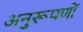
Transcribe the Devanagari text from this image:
अनुरूपणों